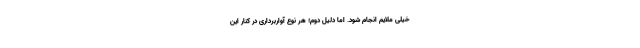
خیلی ملایم انجام شود. اما دلیل دوم؛ هر نوع آواربرداری در کنار این